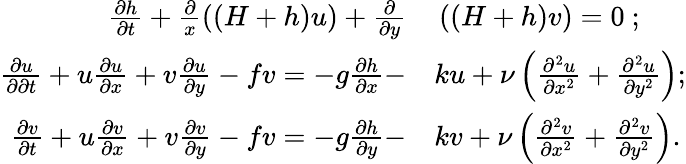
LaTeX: \begin{array}{rl}{\frac{\partial h}{\partial t}+\frac{\partial}{x}\left((H+h)u\right)+\frac{\partial}{\partial y}}&{{}\left((H+h)v\right)=0\ ;}\\ {\frac{\partial u}{\partial\partial t}+u\frac{\partial u}{\partial x}+v\frac{\partial u}{\partial y}-fv=-g\frac{\partial h}{\partial x}-}&{{}ku+\nu\left(\frac{\partial^{2}u}{\partial x^{2}}+\frac{\partial^{2}u}{\partial y^{2}}\right);}\\ {\frac{\partial v}{\partial t}+u\frac{\partial v}{\partial x}+v\frac{\partial v}{\partial y}-fv=-g\frac{\partial h}{\partial y}-}&{{}kv+\nu\left(\frac{\partial^{2}v}{\partial x^{2}}+\frac{\partial^{2}v}{\partial y^{2}}\right).}\end{array}